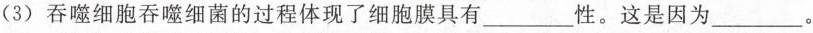
(3) 吞噬细胞吞噬细菌的过程体现了细胞膜具有___性。这是因为___。